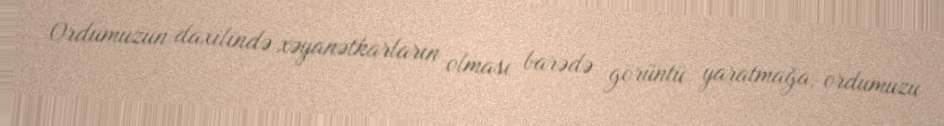
Ordumuzun daxilində xəyanətkarların olması barədə görüntü yaratmağa, ordumuzu